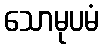
သောမုပမံ